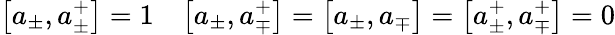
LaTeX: \bigl[a_{\pm},a_{\pm}^{+}\bigr]=1\quad\bigl[a_{\pm},a_{\mp}^{+}\bigr]=\bigl[a_{\pm},a_{\mp}\bigr]=\bigl[a_{\pm}^{+},a_{\mp}^{+}\bigr]=0